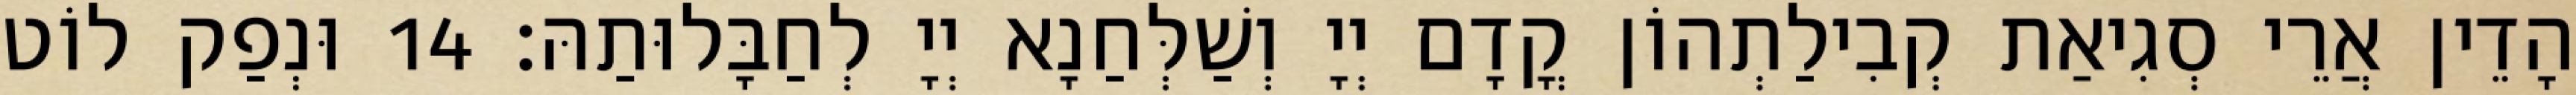
הָדֵין אֲרֵי סְגִיאַת קְבִילַתְהוֹן קֳדָם יְיָ וְשַׁלְּחַנָא יְיָ לְחַבָּלוּתַהּ׃ 14 וּנְפַק לוֹט